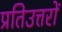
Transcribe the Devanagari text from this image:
प्रतिउत्तरों